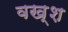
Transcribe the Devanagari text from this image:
वख्श